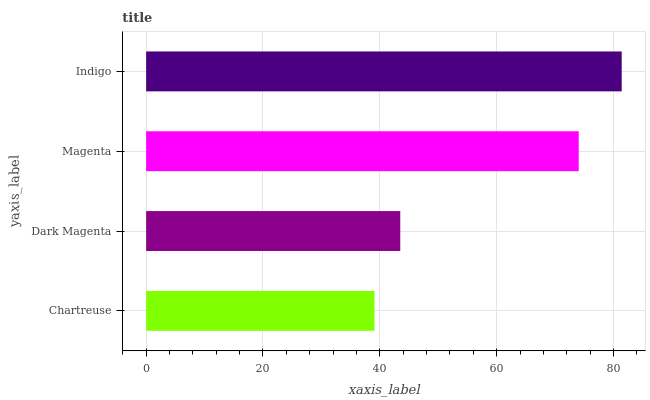
| yaxis_label | bars |
 | --- | --- |
 | Chartreuse | 39.1 |
 | Dark Magenta | 43.5 |
 | Magenta | 74 |
 | Indigo | 81.4 |